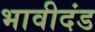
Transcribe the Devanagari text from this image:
भावीदंड